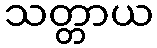
သတ္တာယ